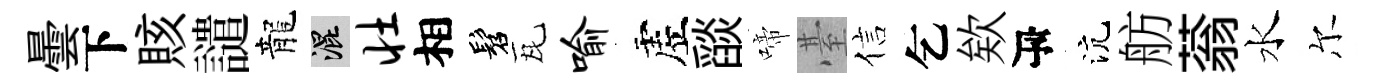
曇下賅譴龍混壮相髫瓦喻虗𦦨啼䑓信乞欸瓴沆舫蓊水尔